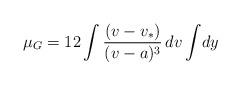
LaTeX: \begin{align*}\mu_G=12\int \frac{(v-v_*)}{(v-a)^3}\,dv\int\!dy\end{align*}